Annual report of the Madras Medical College
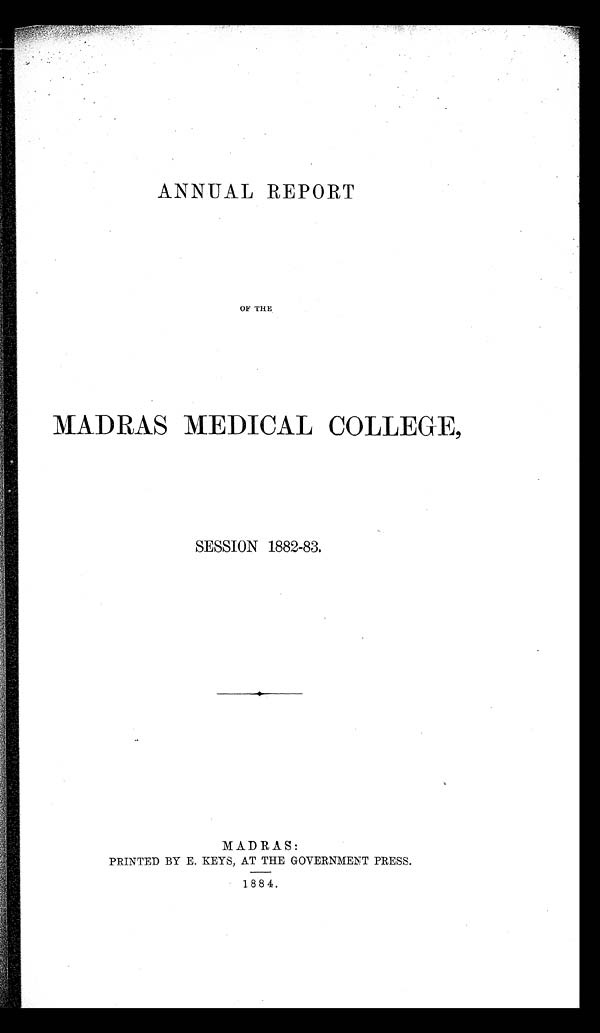
ANNUAL REPORT
OF THE
MADRAS MEDICAL COLLEGE,
SESSION 1882-83.
MADRAS:
PRINTED BY E. KEYS, AT THE GOVERNMENT PRESS.
1884.